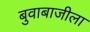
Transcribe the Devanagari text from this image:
बुवाबाजीला